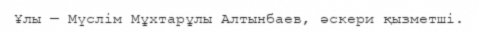
Ұлы — Мүслім Мұхтарұлы Алтынбаев, әскери қызметші.